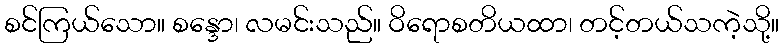
စင်ကြယ်သော။ စန္ဒော၊ လမင်းသည်။ ဝိရောစတိယထာ၊ တင့်တယ်သကဲ့သို့။